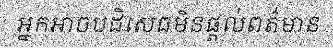
អ្នកអាចបដិសេធមិនផ្តល់ពត៌មាន